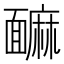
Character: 䩋